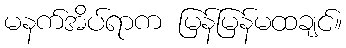
မနက်အိပ်ရာက မြန်မြန်မထချင်။